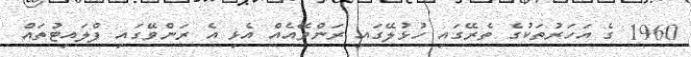
1960 ގެ އަހަރުތަކުގެ ތެރޭގައި ހުޅުލޭގައި ރަންވޭއެއް އެޅި އެ ރަންވޭގައި ފްލައިޓުތައް